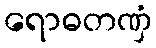
ရောဓတဏှံ